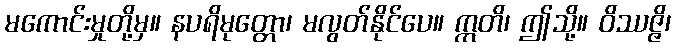
မကောင်းမှုတို့မှ။ နပရိမုတ္တော၊ မလွတ်နိုင်ပေ။ ဣတိ၊ ဤသို့။ ဝိဿဇ္ဇိ၊